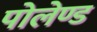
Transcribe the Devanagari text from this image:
पोलेण्ड